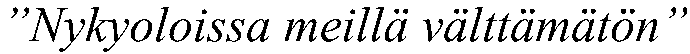
”Nykyoloissa meillä välttämätön”